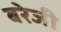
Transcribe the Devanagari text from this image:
बरेजी